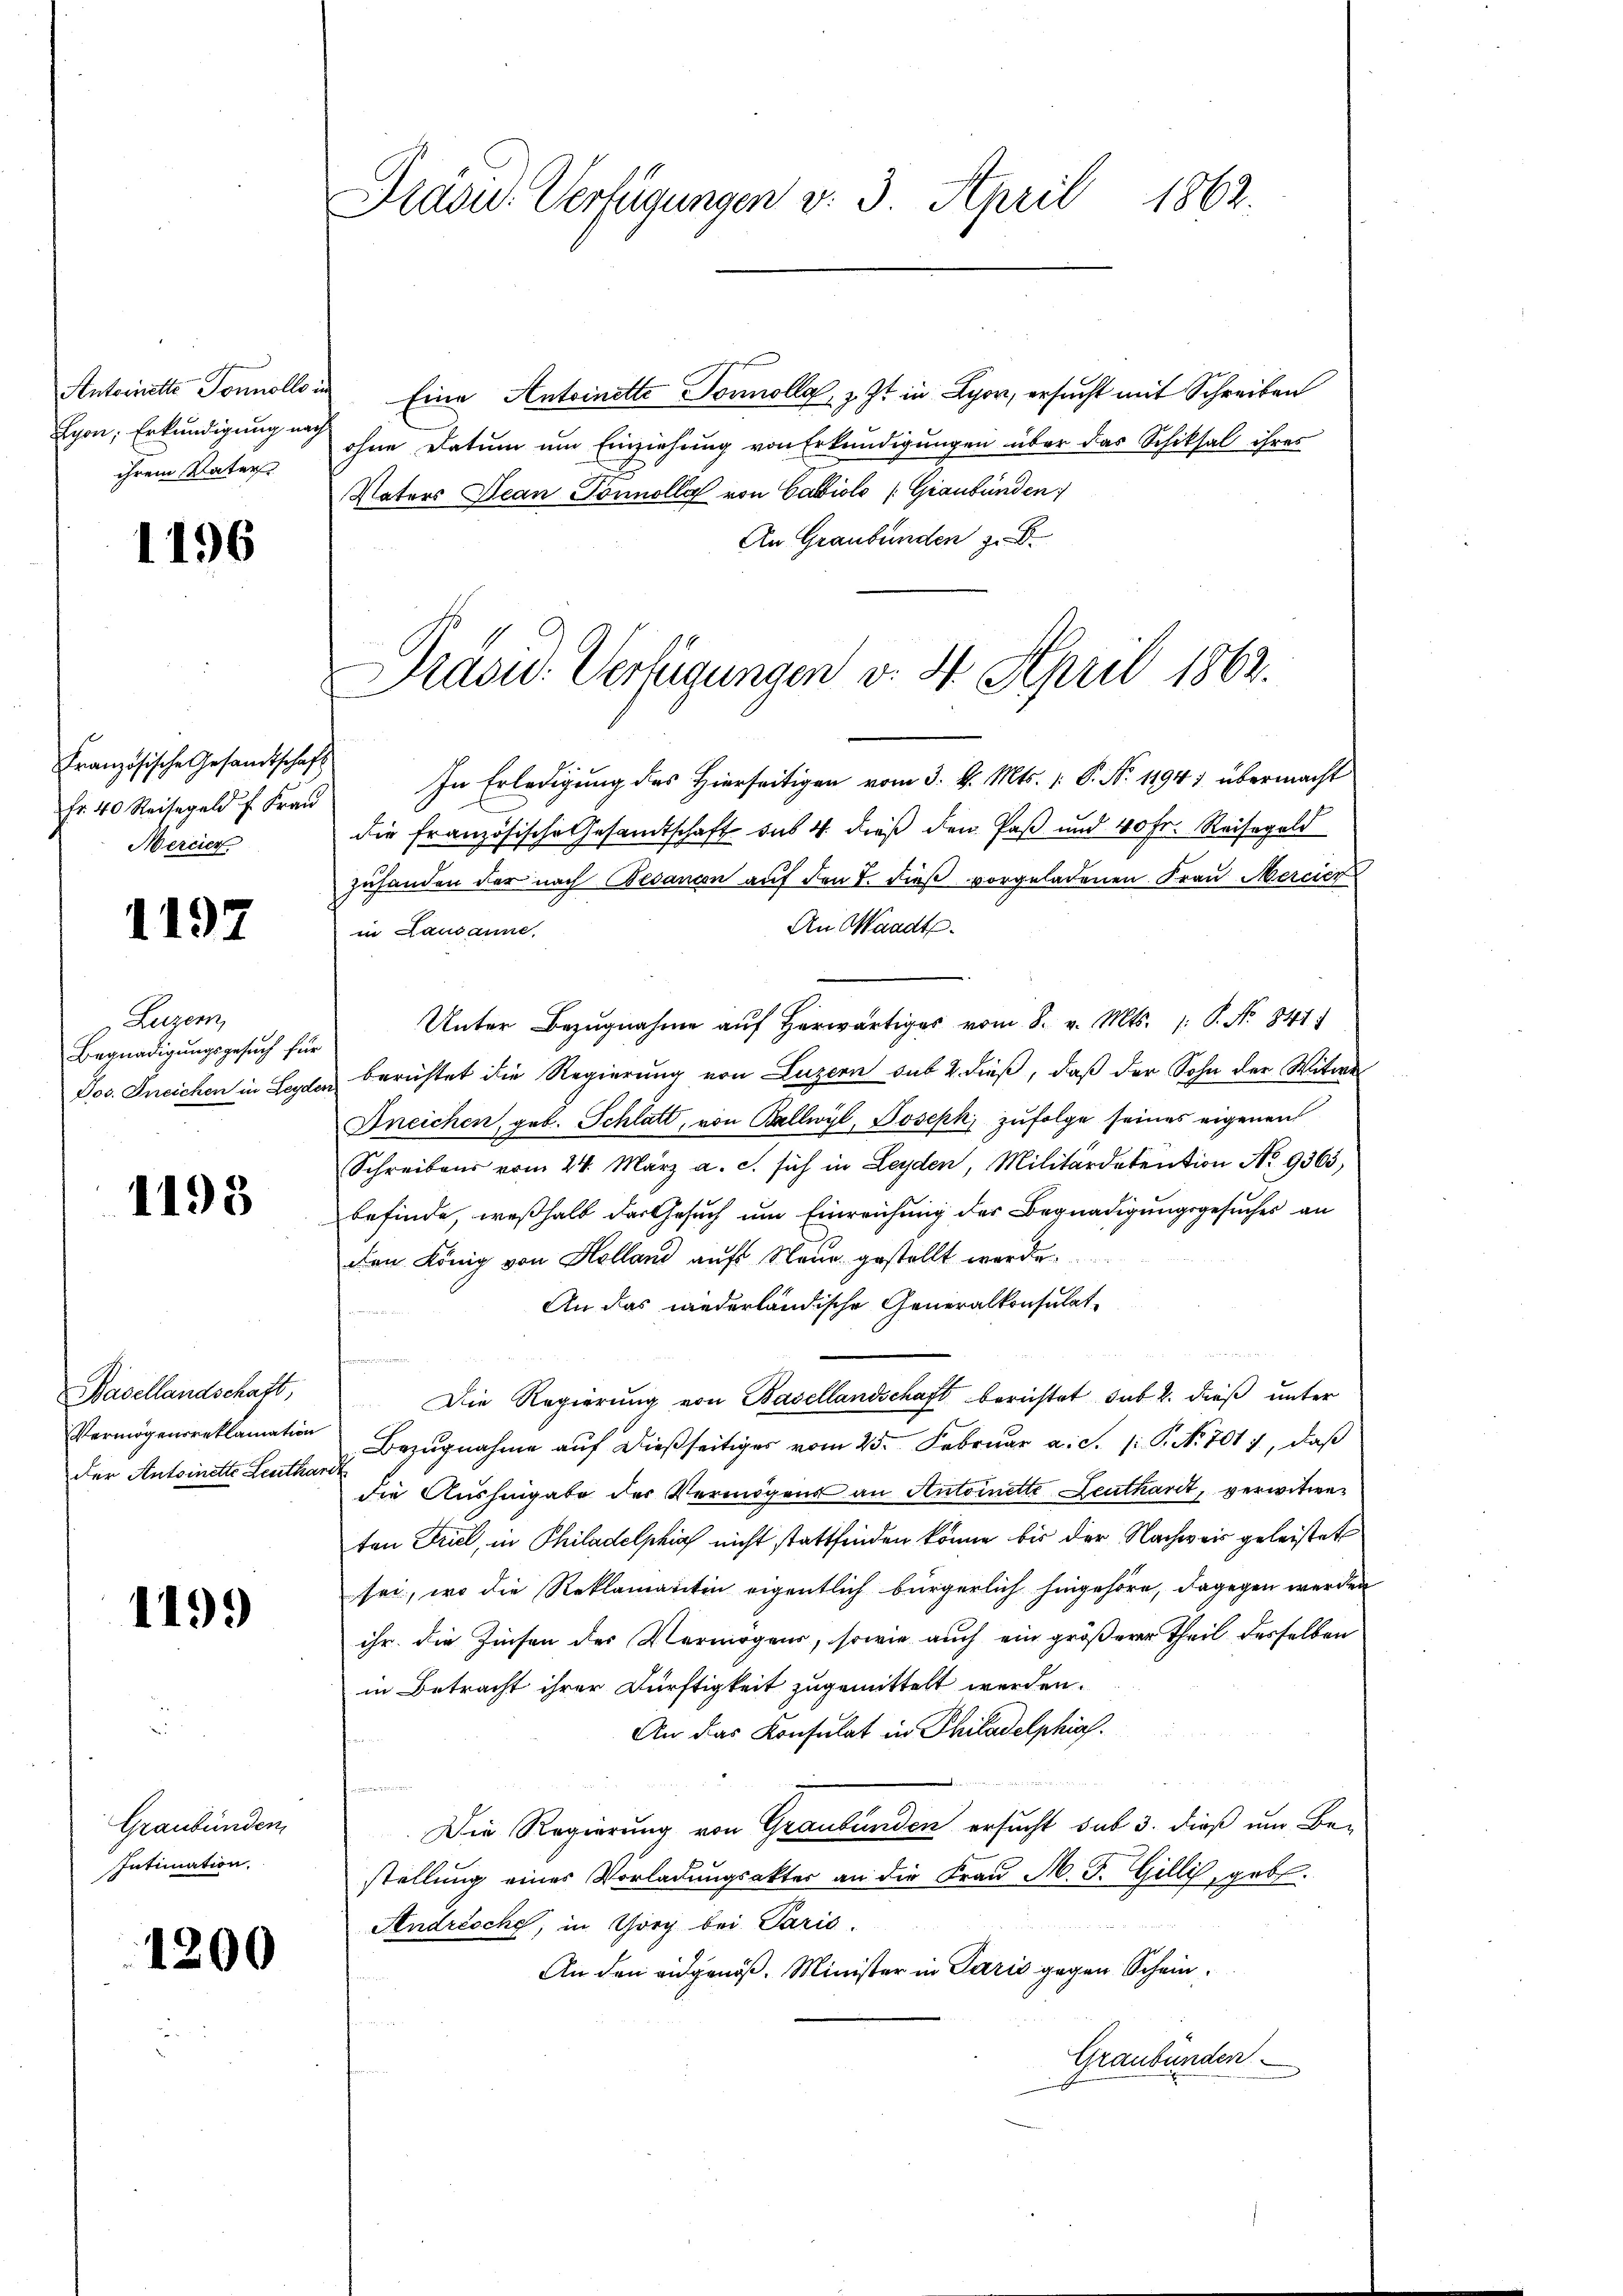
Antoinette Tonnollo in
Evon; Erkundigung nach
ihrem Vater

1196

Französische Gesandtschaft
Fr. 40 Reisegeld f Frau
Mercier

1197

Luzern,
Begnadigungsgesuch für
Jos. Ineichen in Leyde

1198

Basellandschaft,
Vermögensreklamation
der Antoinette Leutha

119.)

Graubünden
Intimation.

1200

Präsid. Verfügungen v. 3. April 1862.

Eine Antoinette Torolle, z. Zt. in Lyon, ersucht mit Schreiben
ohne Datum um Einziehung von Erkundigungen über das Schiksal ihres
Naters Jean Tonnelle von Cabiole (Graubünden
An Graubünden zu b
In Erledigung des Hierseitigen vom 3. d. Mts. (: P. N. 11947 übermacht
die französische Gesandtschaft des 4. dieß den Paß und 40 Fr. Reisegeld
zuhanden der nach Bedancon auf den 7. dieß vorgeladenen Frau Mercier
An Waadt.
in Lausanne.
Unter Bezŭgnahme aŭf herwärtiges vom 8. v. Mts. 1. P. Nr. 841.
berichtet die Regierung von Luzern sub 2. dieß, daß der Sohn der Witwe
Dneichen, geb. Schlatt, von Ballwyl, Joseph, zufolge seines eigenen
Schreibens vom 24. März a. c. sich in Leyden, Militärdetention No 9363,
befinde, weßhalb des Gesuch um Einreichung des Begnadigungsgesuches an
den König von Holland aufs Neue gestellt werde.
An das wiederländische Generalkonsulat

Die Regierung von Basellandschaft berichtet sub 2. dieß unter
Bezugnahme auf dießseitiges vom 25. Februar a. S. 1: P. Nr. 7017, daß
.
die Aushingabe der Vermögens an Antoinette enthardt, verwitweten Friel, in Philadelphia nicht stattfinden könne, bis der Nachweis geleistet
sei, wo die Reklamantin eigentlich bürgerlich hingehöre, dagegen werden
ihr die Zinsen des Vermögens, sowie auch ein größerer Theil desselben
in Betracht ihrer Dürftigkeit zugemittelt werden.
An das Konsulat in Philadelphias.
u
Die Regierung von Graubünden ersucht sub 3. dieß um Bestellung eines Vorladungsakter an die Frau M. J. Gillis, geb.

Andrische, in Thorg bei Paris.
An den eidgenöß. Minister in Paris gegen Schein¬
Graubünden

Präsid. Verfügungen v. 4. April 1862.